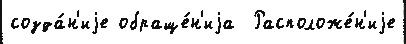
созда́н'иjе обраще́н'иjа  Расположе́н'иjе